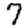
Digit: 7